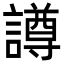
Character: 譐